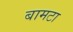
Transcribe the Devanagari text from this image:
बामटा